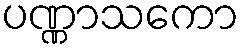
ပဏ္ဏာသကော